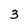
Character: 3